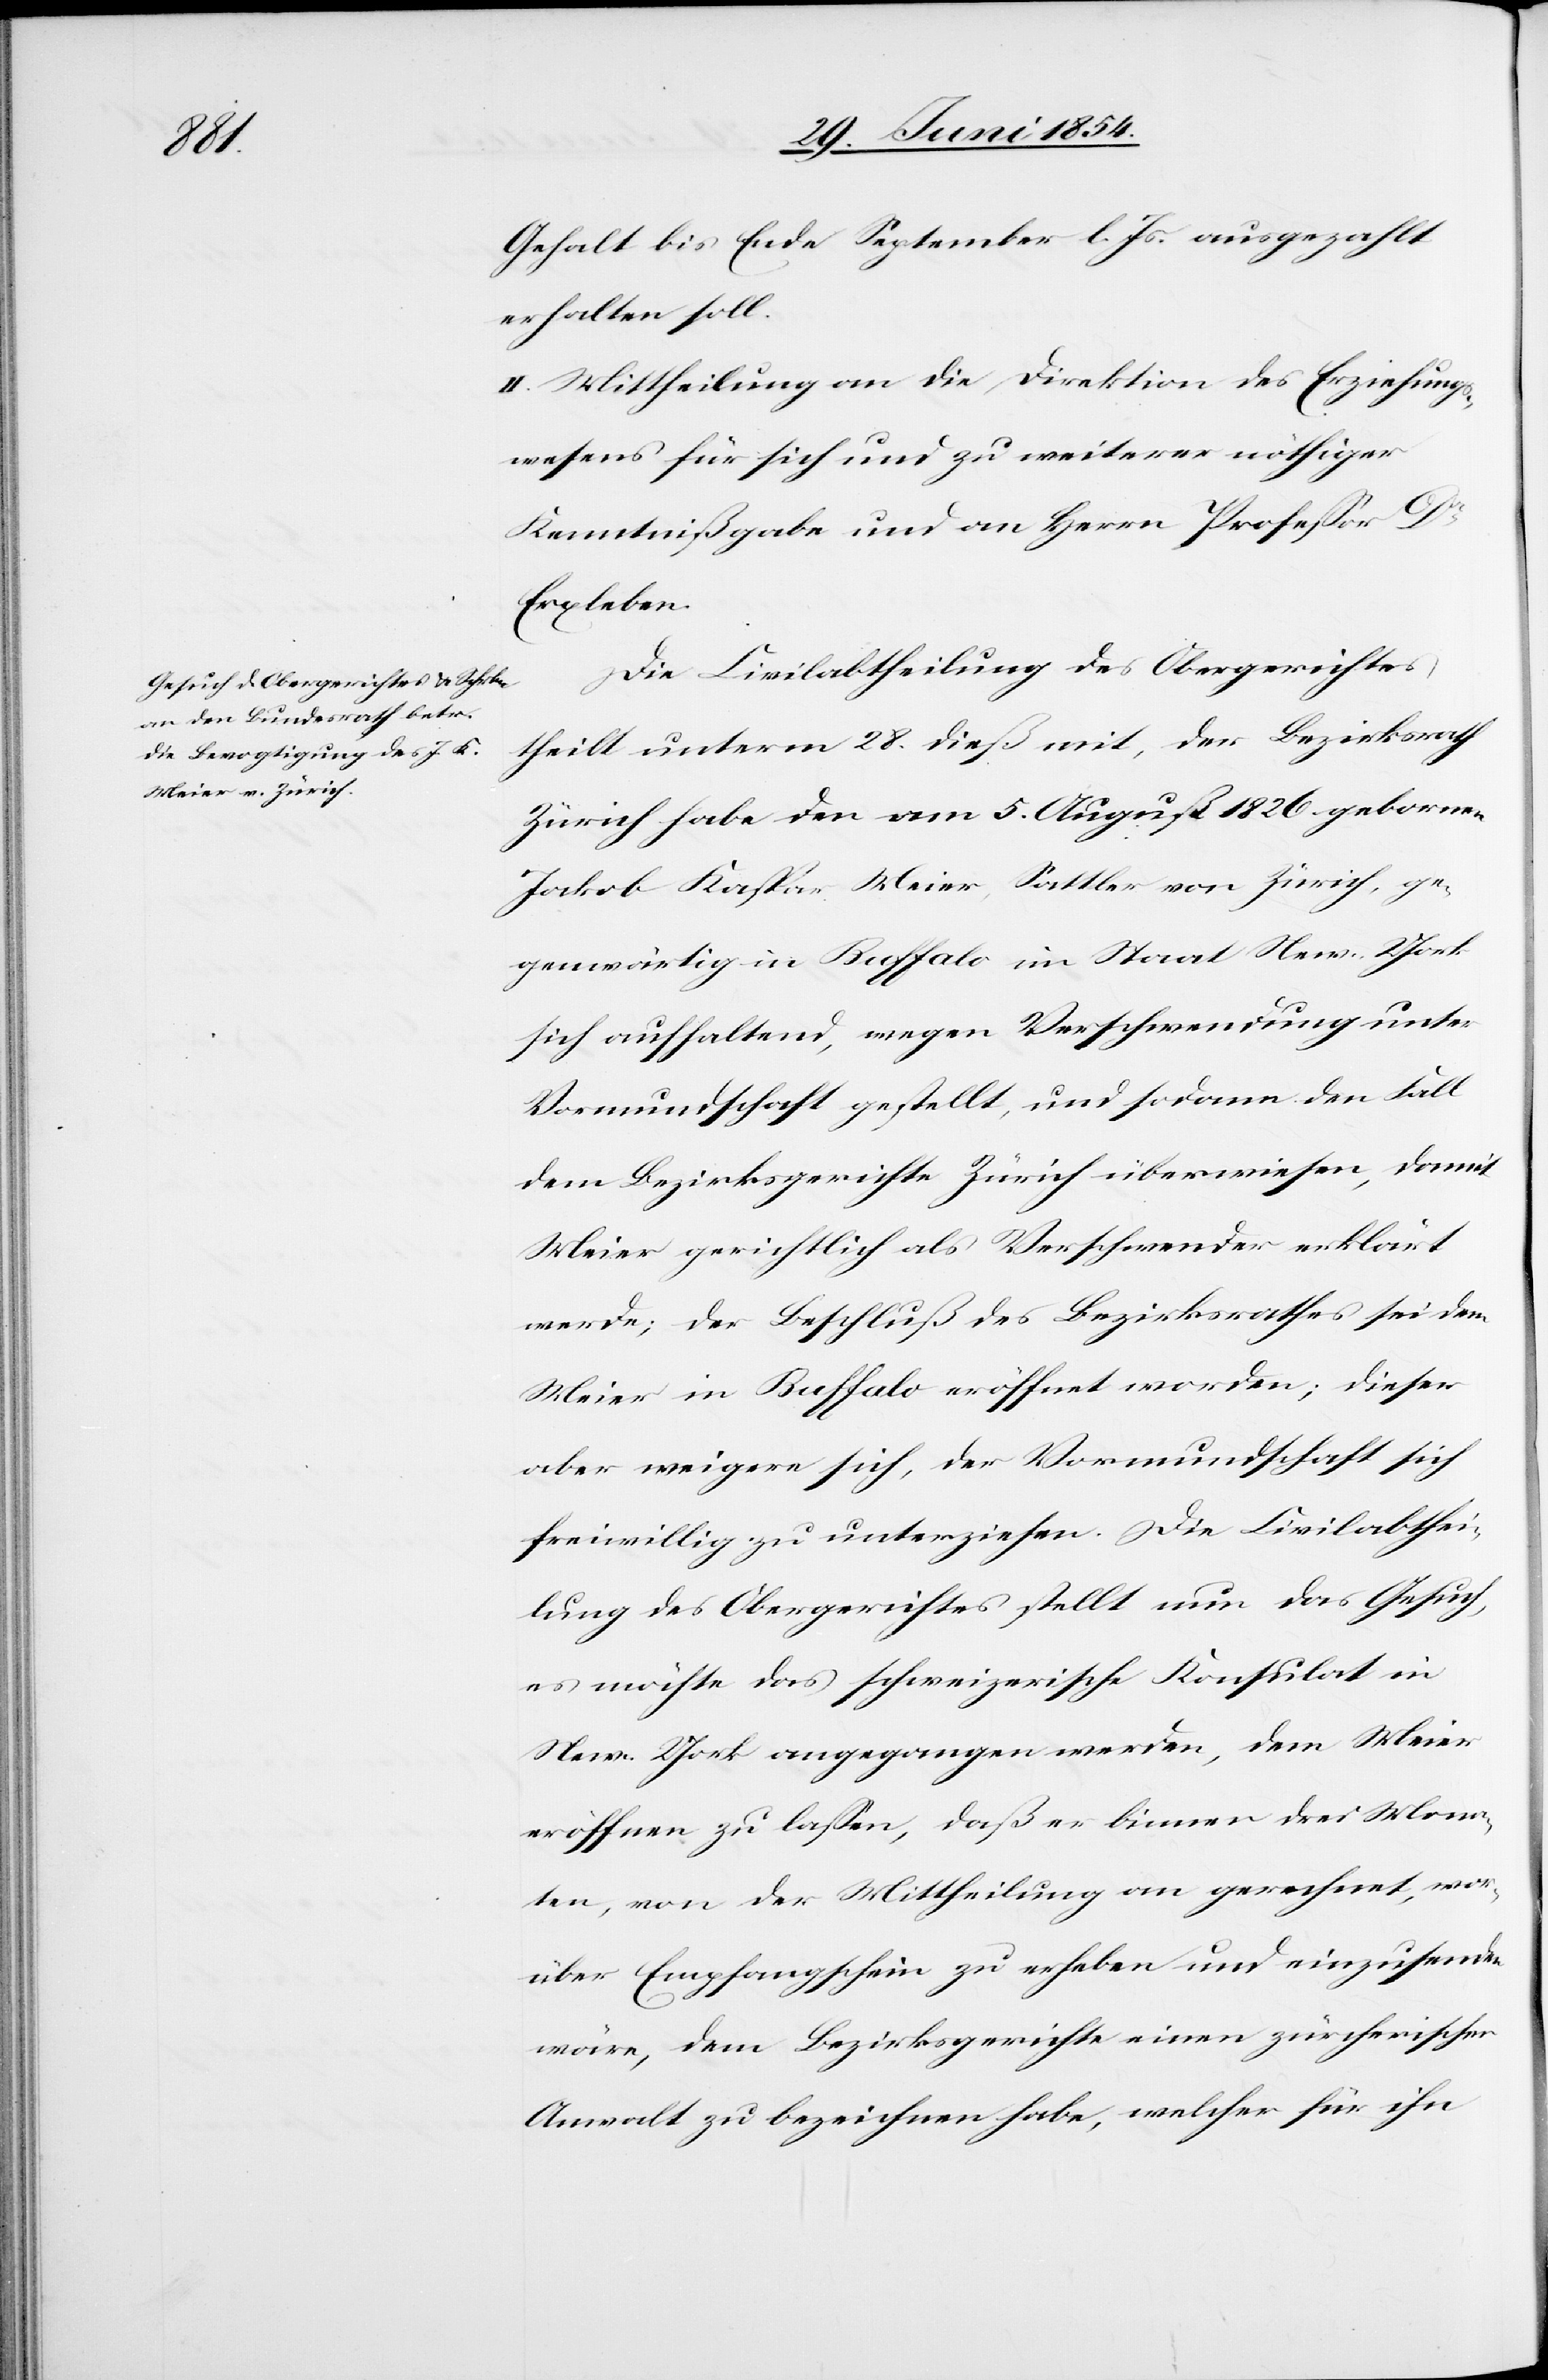
Gehalt bis Ende September l. Js. ausgezahlt
erhalten soll.
II. Mittheilung an die Direktion des Erziehungs¬
wesens für sich und zu weiterer nöthiger
Kenntnißgabe und an Herrn Profeßor Dr
Erxleben.
Die Civilabtheilung des Obergerichtes
theilt unterm 28. dieß mit, der Bezirksrath
Zürich habe den am 5. August 1826 gebornen
Jakob Kaspar Meier, Sattler von Zürich, ge¬
genwärtig in Buffalo im Staat New-York
sich aufhaltend, wegen Verschwendung unter
Vormundschaft gestellt, und sodann den Fall
dem Bezirksgerichte Zürich überwiesen, damit
Meier gerichtlich als Verschwender erklärt
werde; der Beschluß des Bezirksrathes sei dem
Meier in Buffalo eröffnet worden; dieser
aber weigere sich, der Vormundschaft sich
freiwillig zu unterziehen. Die Civilabthei¬
lung des Obergerichtes stellt nun das Gesuch,
es möchte das schweizerische Konsulat in
New-York angegangen werden, dem Meier
eröffnen zu laßen, daß er binnen drei Mona¬
ten, von der Mittheilung an gerechnet, wor¬
über Empfangschein zu erheben und einzusenden
wäre, dem Bezirksgerichte einen zürcherischen
Anwalt zu bezeichnen habe, welcher für ihn